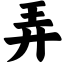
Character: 弄